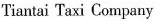
Tiantai Taxi Company